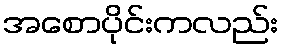
အစောပိုင်းကလည်း